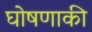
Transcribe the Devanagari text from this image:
घोषणाकी